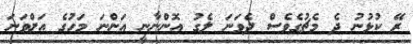
ރޭ ކުޅުނު ދެ މެޗުގެވެސް ދެވަނަ ލެގު އޮންނާނީ އަންނަ މަހުގެ އަށްވަނަ